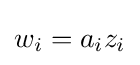
w_{i}=a_{i}z_{i}